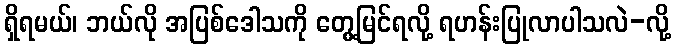
ရှိရမယ်၊ ဘယ်လို အပြစ်ဒေါသကို တွေ့မြင်ရလို့ ရဟန်းပြုလာပါသလဲ-လို့